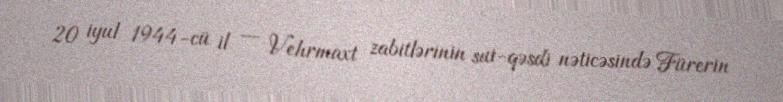
20 iyul 1944-cü il — Vehrmaxt zabitlərinin sui-qəsdi nəticəsində Fürerin